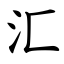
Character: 汇